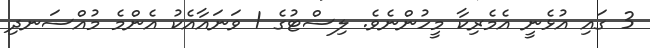
3 ގައި އުޅެނީ އެމެރިކާ މީހުންނެވެ. ލިސްޓުގެ 1 ވަނައާއެކު އެންމެ މުއްސަނދި